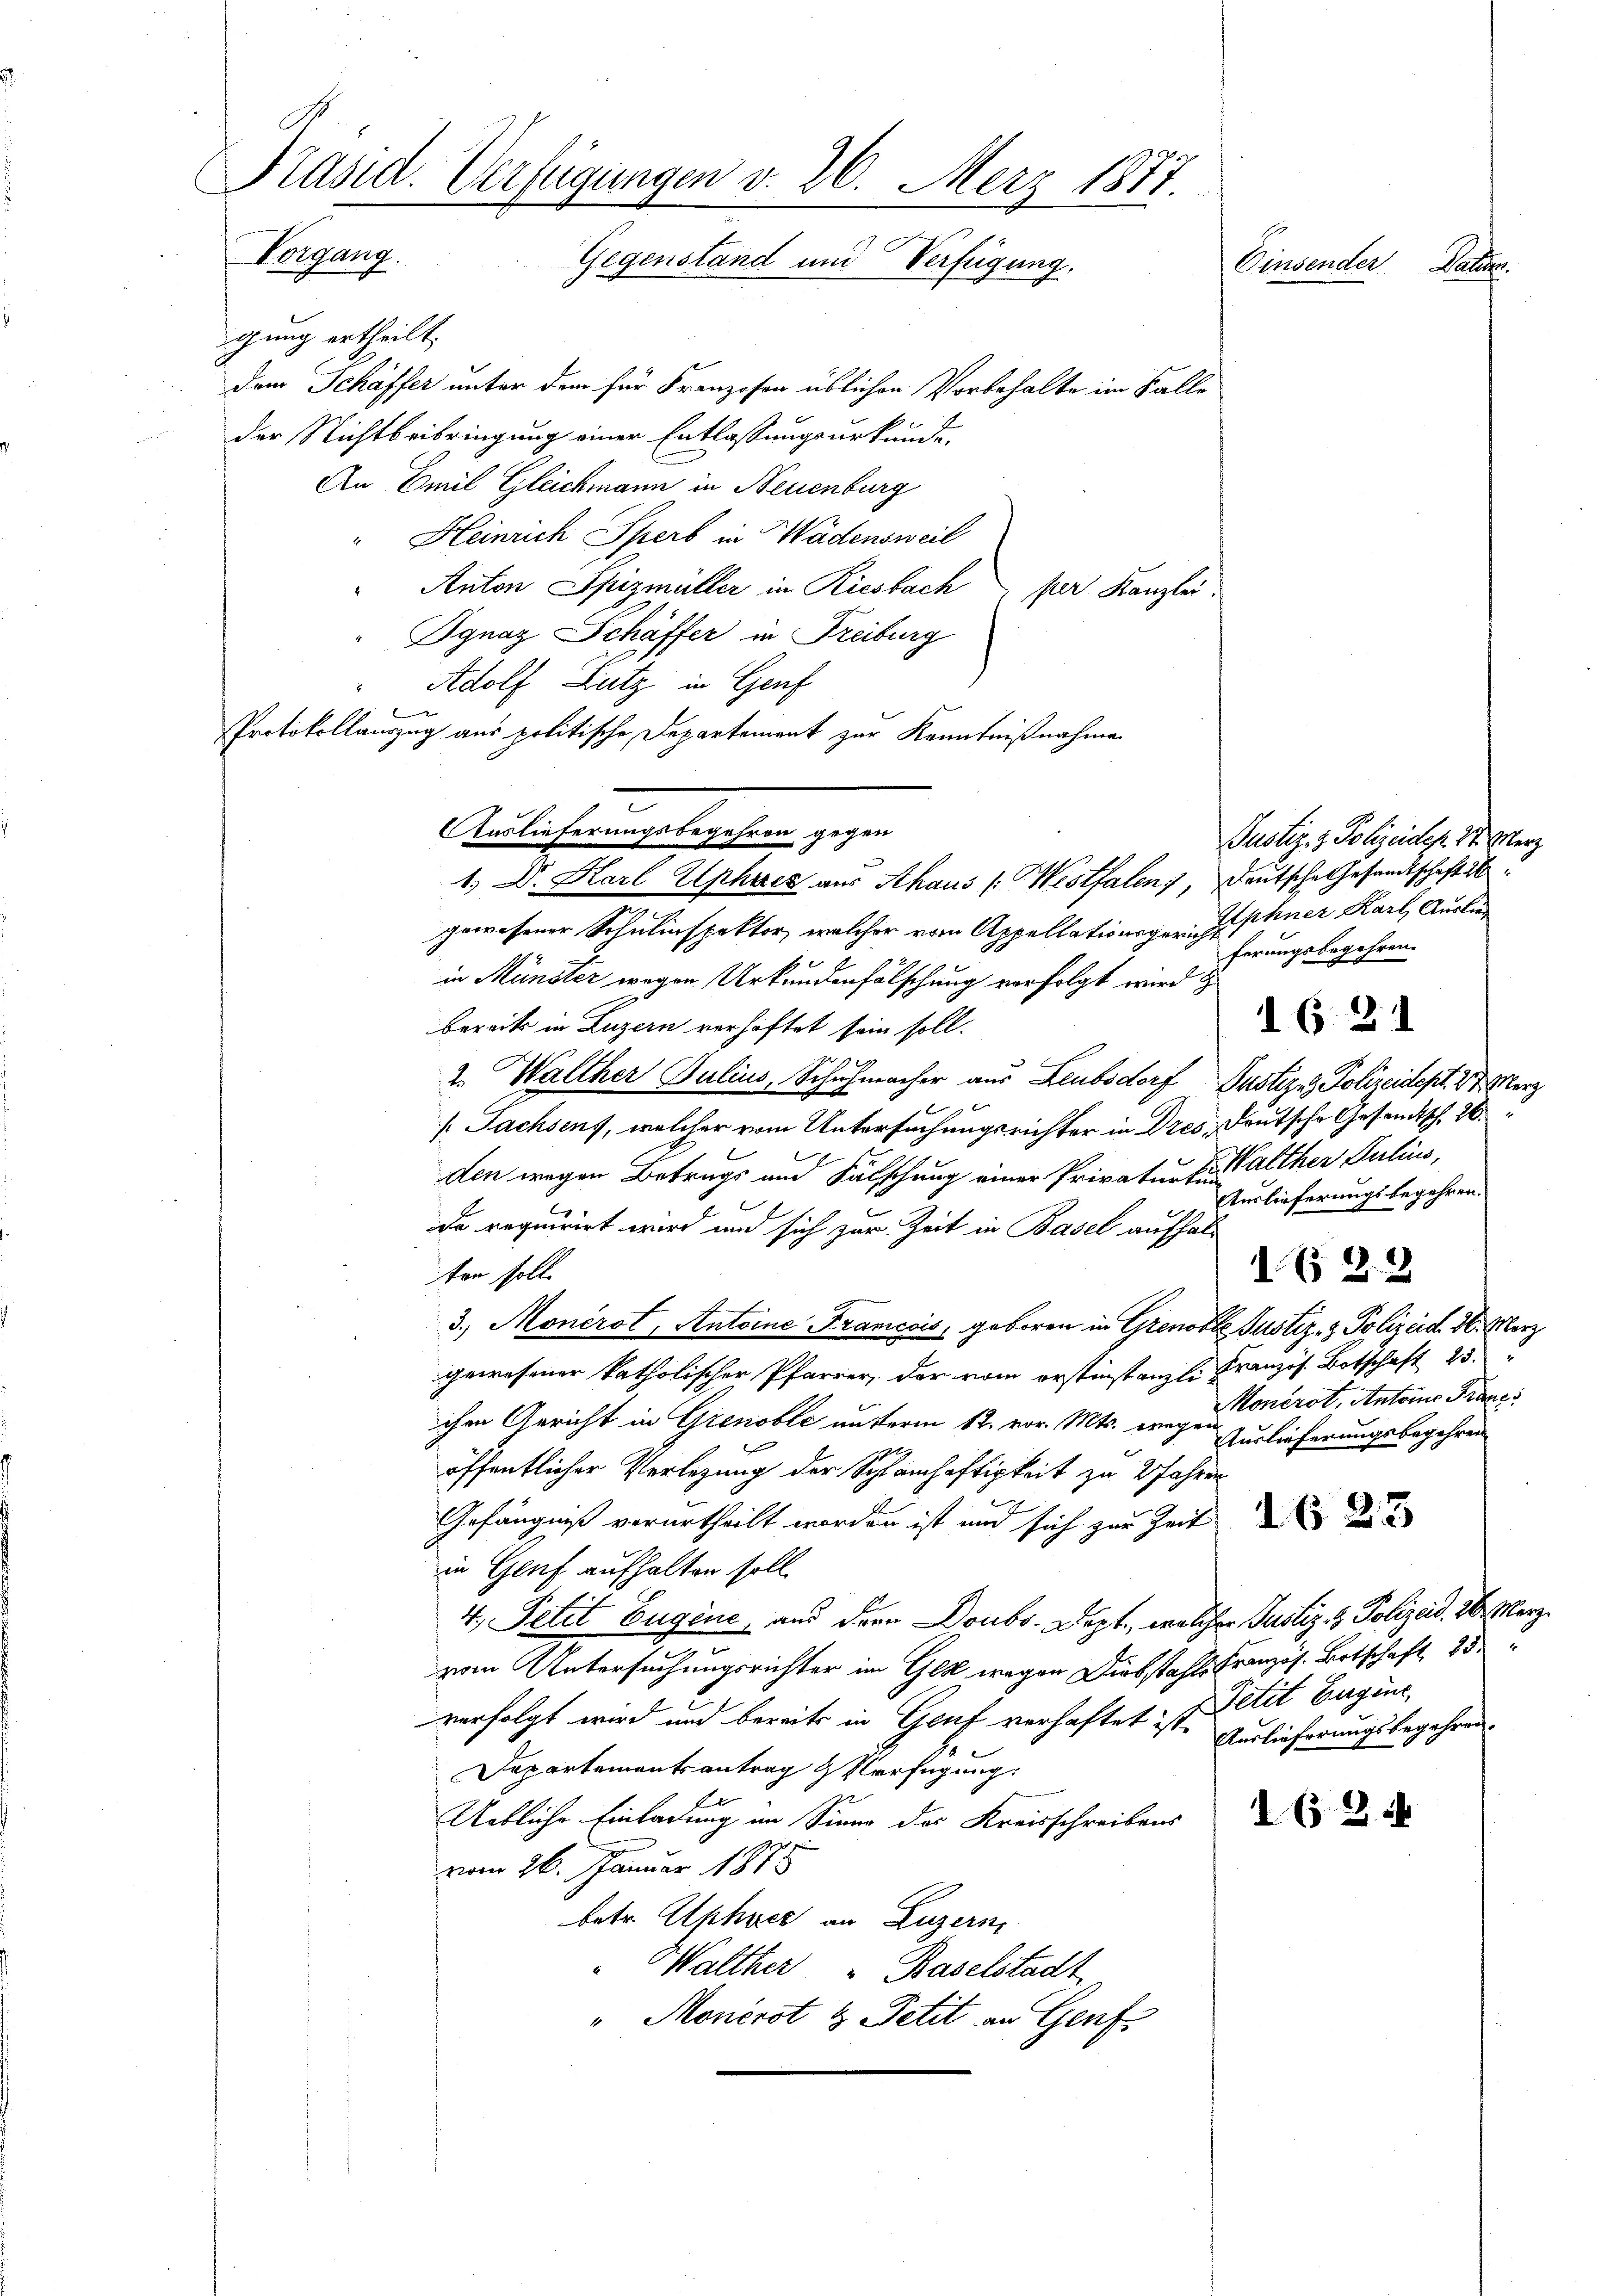
Präsid. Verfügungen v. 26. Merz 1877.
Vorgang.
Gegenstand und Verfügung.
Einsender Datum.

gung ertheilt.
dem Schäffer unter dem für Franzosen üblichen Vorbehalte im Falle
der Nichtbeibringung einer Entlassungsurkunde.
An Emil Gleichmann in Neuenburg
Heinrich Sperb in Wädensweil
Anton Spizmüller in Riesbach per Kanzlei.
Ignaz Schäffer in Freiburg
Adolf Lutz in Genf
Protokollauszug aus politische Departement zur Kenntnißnahme
1.) Dr. Karl Ephres aus Ahaus (Westfalen, Deutsche Gesandtschaft ab
gewesener Schulinspektor, welcher vom Appellationsger. phner Karl Auslieferungsbegehren.
in Münster wegen Urkundenfälschung vorfolgt wird
1621
bereits in Luzern verhaftet sein soll.
2. Walther Julius, Schuhmacher aus Leubsdorf Justiz - Polizeidest. 3. Merz
[Sachsens, welcher vom Untersuchungsrichter in Dres, Deutsche Gesandtsch. 26.
den wegen Betrags und Fälschung einer Privature alther Julius,
Auslieferungsbegehren.
de requirirt wird und sich zur Zeit in Basel aufhal¬
.B. d. 2
ten soll.
3.) Monerst, Antoine Francois, geboren in Grenoble Justiz- & Polizeid. 16. März
gewesener katholischer Pfarrer, der vom orstinstanzli Französ. Botschaft 25.
Monérot, Antone Franc
chen Gericht in Grenoble unterm 12. vor. Mts. wegen Zurlieferungsbegehren
öffentlicher Verlegung der Schlamhaftigkeit zu 2 Jahren
J
Gefängniß verurtheilt worden ist und sich zur Zeit
in Genf aufhalten soll.
4. Petit Eugene, aus dern Doubs Dept., welcher Justiz- & Polizeid. 26. März
vom Untersuchungsrichter im Ges wegen Diebstahls Kranzös. Botschaft 25
verfolgt wird und bereits in Genf verhaftet ist Petit Eugine
Auslieferungsbegehren.
Departementsantrag & Verfügung.
Uebliche Einladung im Sinne der Kreisschreibens
s
vom 26. Januar 1878
betr. Alphner an Luzern,
" Walther " Baselstadt
"Monerst & Petit an Genf

e
Auslieferungsbegehren gegen

Justiz- & Polizeides. 3. Merz